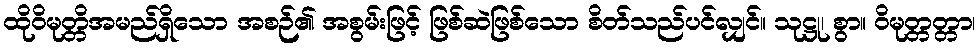
ထိုဝိမုတ္တိအမည်ရှိသော အစဉ်၏ အစွမ်းဖြင့် ဖြစ်ဆဲဖြစ်သော စိတ်သည်ပင်လျှင်။ သုဋ္ဌု၊ စွာ။ ဝိမုတ္တတ္တာ၊